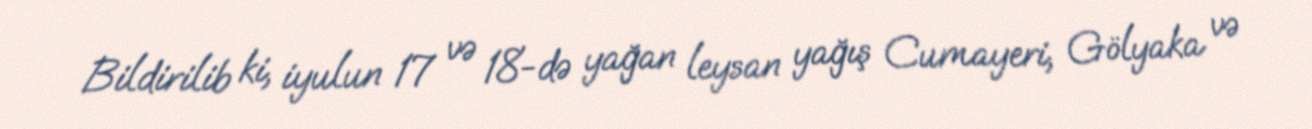
Bildirilib ki, iyulun 17 və 18-də yağan leysan yağış Cumayeri, Gölyaka və